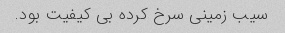
سیب زمینی سرخ کرده بی کیفیت بود.